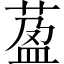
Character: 萾